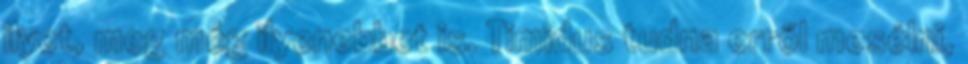
ilyet, meg még ilyenebbet is. Timidus tudna erről mesélni,